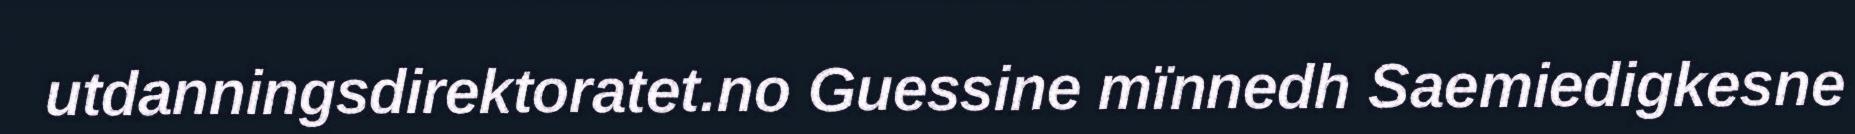
utdanningsdirektoratet.no Guessine mïnnedh Saemiedigkesne